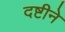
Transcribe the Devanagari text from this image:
दष्टीने